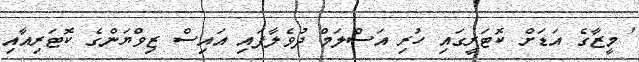
' މީޒާގެ އަޑަށް ކޮޓަރީގައި ހުރި އަސްލަމް ދުވެލާފައި އައިސް ޒިވްޔަންގެ ކޮޓަރިއާއި